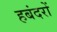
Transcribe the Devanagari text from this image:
हबंदरों